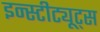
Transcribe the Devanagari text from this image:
इन्स्टीट्यूट्स